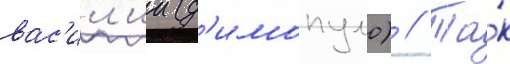
вас'ил'ии (д'имопуло) // Та́к